Lunatic asylums Punjab 1868-1880 - 1868-1880
Year: 1868
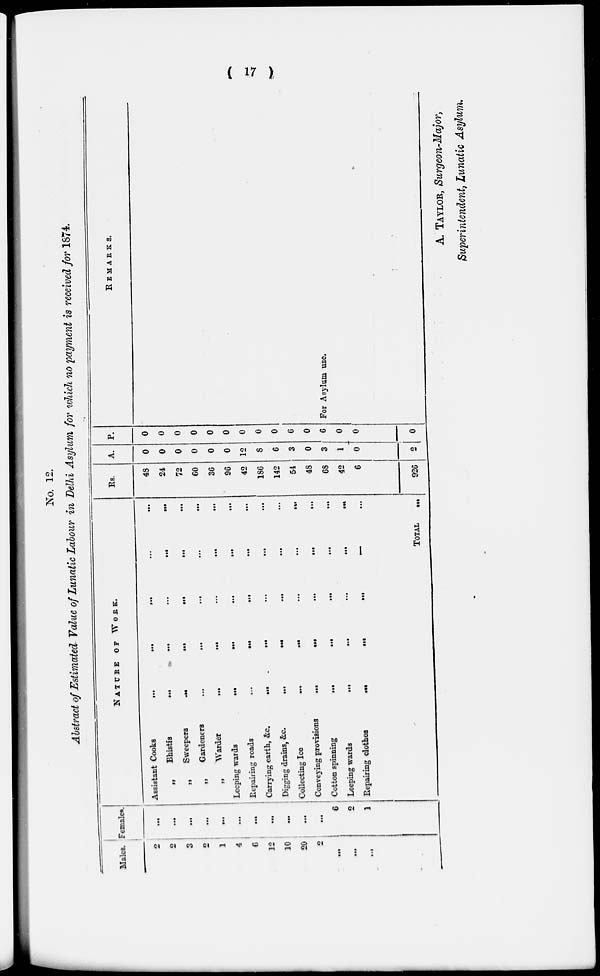
( 17 )
No. 12.
Abstract of Estimated Value of Lunatic Labour in Delhi Asylum for which no payment is received for 1874.
Males.
2
2
3
2
1
4
6
12
10
20
2
...
...
...
Females.
...
...
...
...
...
...
...
6
2
1
NATURE
OF
WORK.
Assistant Cooks
...
...
...
...
...
„
Bhistis
...
...
...
...
...
„
Sweepers
...
...
...
...
...
„
Gardeners
...
...
...
...
...
„
Warder
...
...
...
... ...
Leeping wards
...
...
...
...
...
Repairing roads
...
...
...
...
...
Carrying earth, &c.
...
...
...
...
...
Digging drains, &c.
...
...
... ...
Collecting Ice
...
...
...
...
...
Conveying provisions
...
...
...
...
...
Cotton spinning
...
...
...
...
...
Leeping wards
...
...
...
...
...
Repairing clothes
...
...
...
...
...
TOTAL
...
Rs.
48
24
72
60
36
96
42
186
142
54
48
68
42
6
926
A.
0
0
0
0
0
0
12
8
6
3
0
3
1
0
2
P.
0
0
0
0
0
0
0
0
0
6
0
6
0
0
0
REMARKS.
For Asylum use.
A. TAYLOR, Surgeon-Major,
Superintendent, Lunatic Asylum.